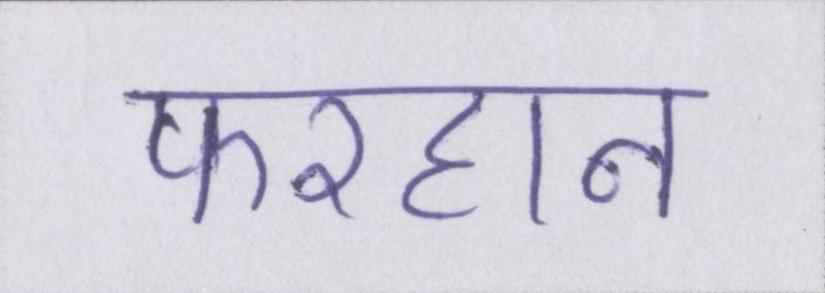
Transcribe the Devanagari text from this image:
फरहान